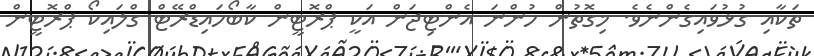
ތަކާއި ގުޅުވައިގެންނެވެ. މިގޮތުން ހުންނަ އެންޓިޖަން އަކީ ޕްރޮޓީން ކާބޯހައިޑްރޭޓް ގްލައިކޯ ޕްރޮޓީން